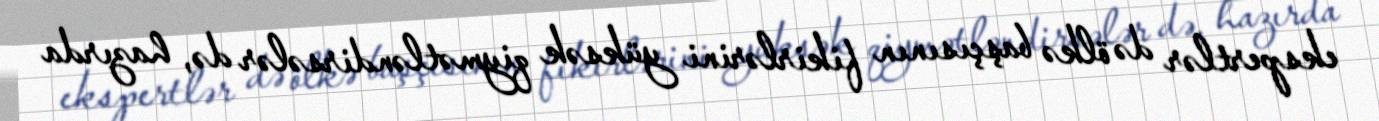
ekspertlər də ölkə başçısının fikirlərini yüksək qiymətləndirsələr də, hazırda